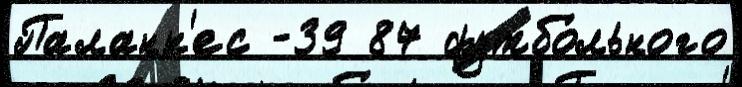
Паланк'ес -39 87 футбо́льного